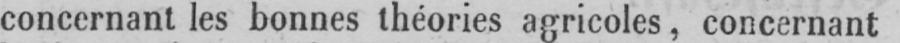
concernant les bonnes théories agricoles, concernant